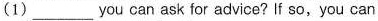
(1)___ you can ask for advice? If so, you can